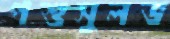
পশুসুলভ